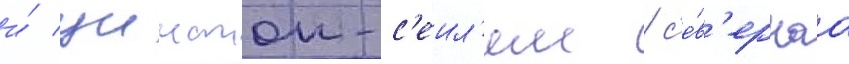
и́ уинстон-с'еил'ем / с'е́в'ернаа